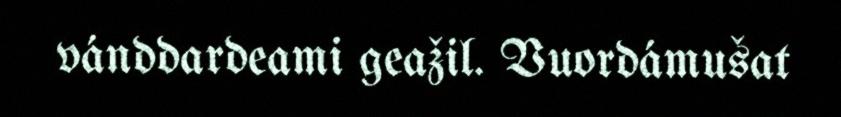
vánddardeami geažil. Vuordámušat